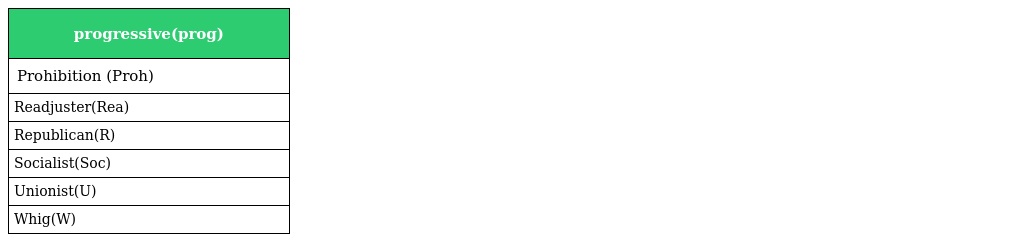
| progressive(prog) |
 | --- |
 | Prohibition (Proh) |
 | Readjuster(Rea) |
 | Republican(R) |
 | Socialist(Soc) |
 | Unionist(U) |
 | Whig(W) |